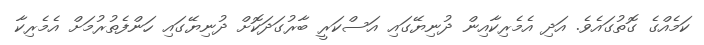
ކަމެއްގެ ގޮތުގައެވެ. އަދި އެމެރިކާއިން ދުނިޔޭގައި އަސްކަރީ ބާރުގަދަކޮށް ދުނިޔޭގައި ހަންފެތުރުމަށް އެމެރިކާ